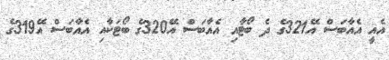
އެއީ އެއާބަސް އޭ321ގެ ދެ ބޯޓާއި އެއާބަސް އޭ320ގެ ބޯޓަކާއި އެއާބަސް އޭ319ގެ